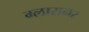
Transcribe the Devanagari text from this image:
ग्लासनर